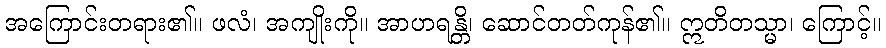
အကြောင်းတရား၏။ ဖလံ၊ အကျိုးကို။ အာဟရန္တိ၊ ဆောင်တတ်ကုန်၏။ ဣတိတသ္မာ၊ ကြောင့်။